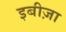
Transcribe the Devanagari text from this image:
इबीज़ा